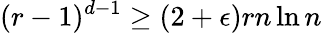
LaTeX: (r-1)^{d-1}\geq(2+\epsilon)rn\ln n